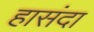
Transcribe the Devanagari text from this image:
हासंदा